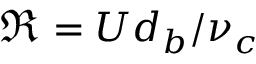
\Re = U d _ { b } / \nu _ { c }